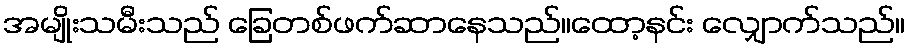
အမျိုးသမီးသည် ခြေတစ်ဖက်ဆာနေသည်။ထော့နင်း လျှောက်သည်။